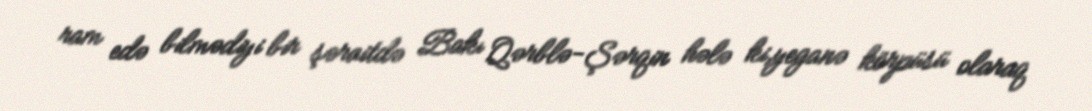
ram edə bilmədiyi bir şəraitdə Bakı Qərblə-Şərqin hələ ki,yeganə körpüsü olaraq